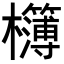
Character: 𭬾